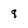
Character: 8